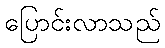
ပြောင်းလာသည်